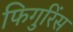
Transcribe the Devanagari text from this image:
फिगुरिंस